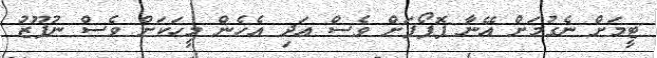
ޓީމަށް ނެގުމަށް އޭނާ ޕޮޕޯފަށް ވެސް އަދި އެހެން މީހަކަށް ވެސް ނުފޫޒު